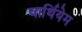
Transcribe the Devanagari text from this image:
वार्थियेम